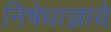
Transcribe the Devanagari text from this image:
निषेधाज्ञायें